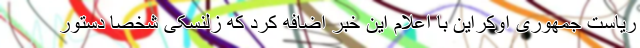
ریاست جمهوری اوکراین با اعلام این خبر اضافه کرد که زلنسکی شخصاً دستور